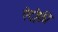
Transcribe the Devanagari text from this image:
ऐट्रोफ़ी